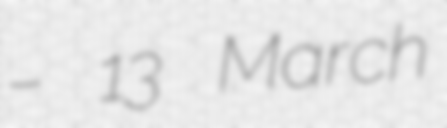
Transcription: – 13 March